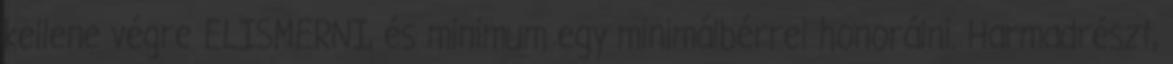
kellene végre ELISMERNI, és minimum egy minimálbérrel honorálni. Harmadrészt,